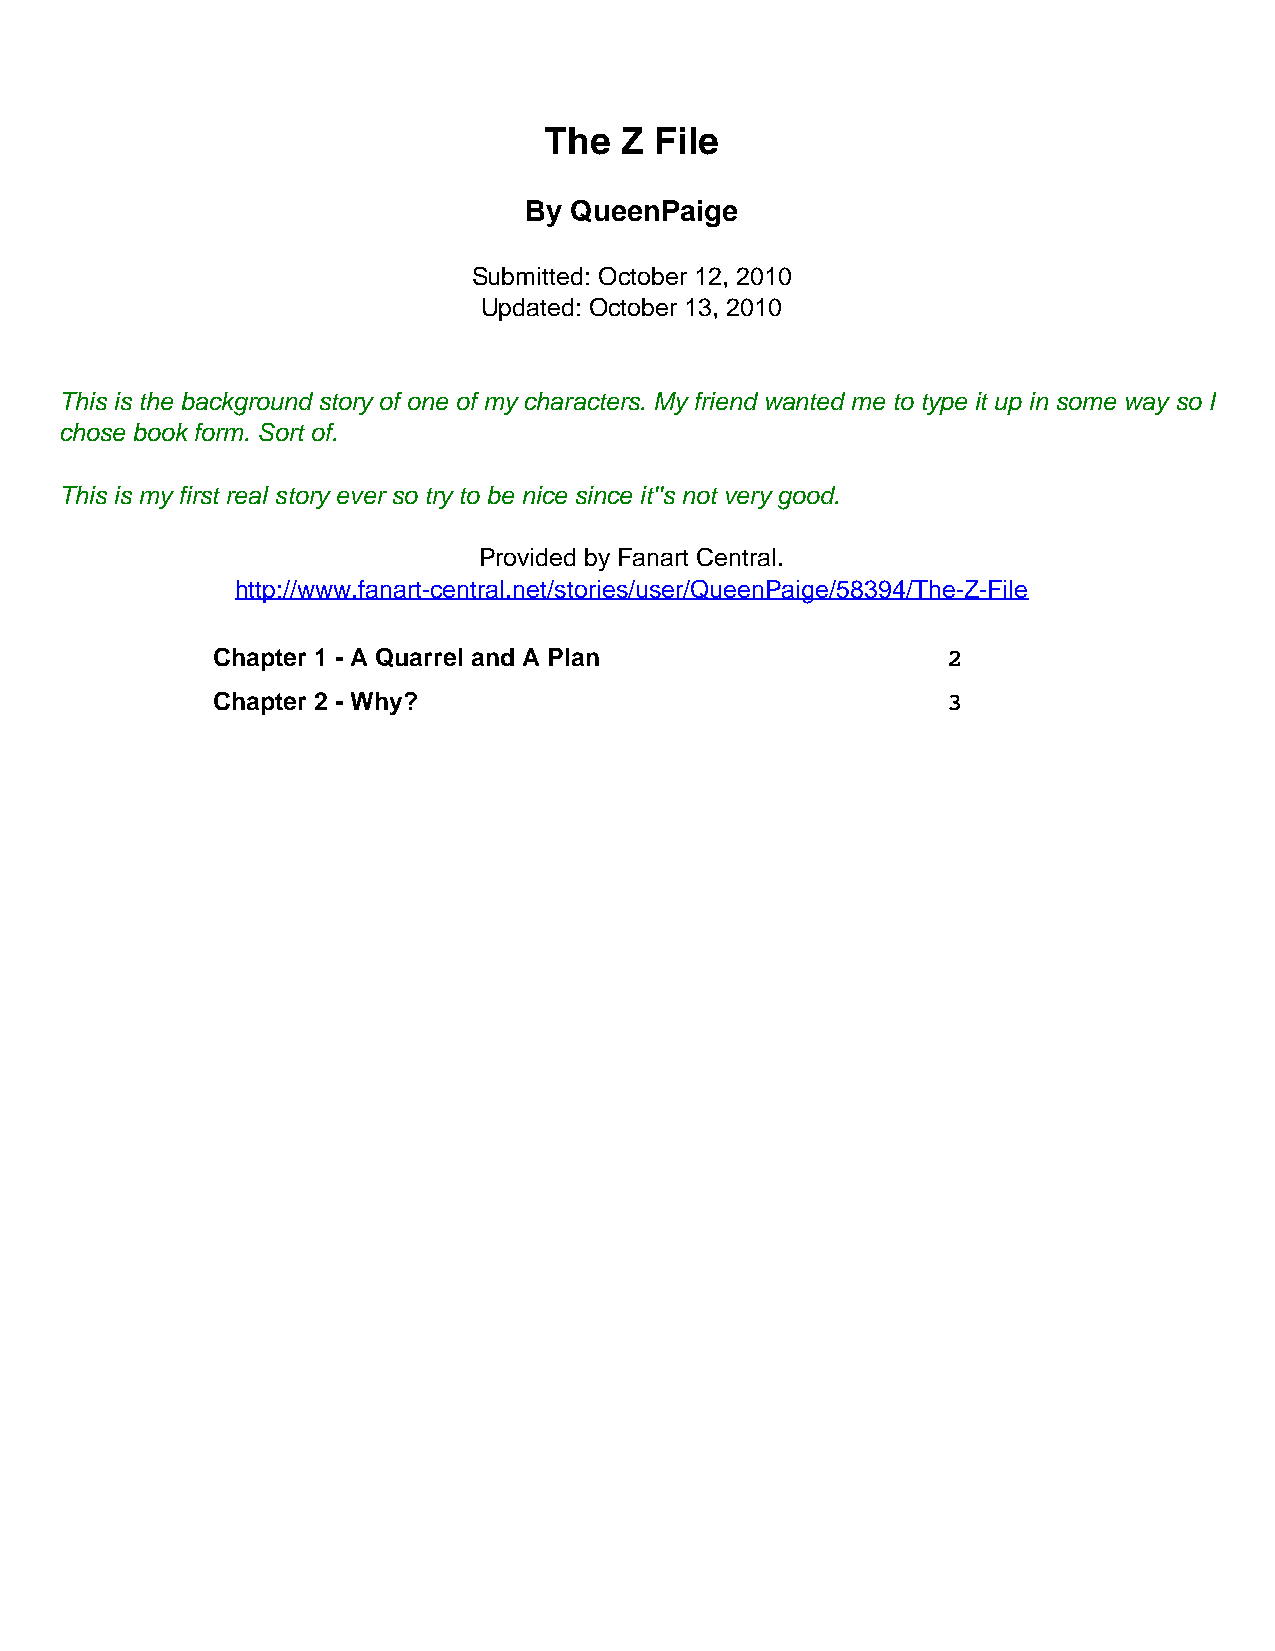
The  Z File
 By QueenPaige
 Submitted: October 12, 2010
 Updated: October 13, 2010
 This is the background story of one of my characters. My friend wanted me to type it up in some way so I
 chose book form. Sort of.
 This is my first real story ever so try to be nice since it''s not very good.
 Provided by Fanart Central.
 http://www.fanart-central.net/stories/user/QueenPaige/58394/The-Z-File
 Chapter 1 - A Quarrel and A Plan                 2
 Chapter 2 - Why?                                 3